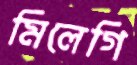
মিলেগি